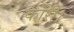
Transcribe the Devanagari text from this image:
कोरी।